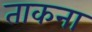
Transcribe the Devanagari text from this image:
ताकना